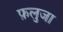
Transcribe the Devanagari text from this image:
फ़लुजा